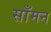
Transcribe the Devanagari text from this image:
साँमन